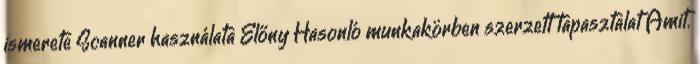
ismerete Scanner használata Előny Hasonló munkakörben szerzett tapasztalat Amit.